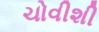
ચોવીશી